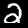
Label: 2